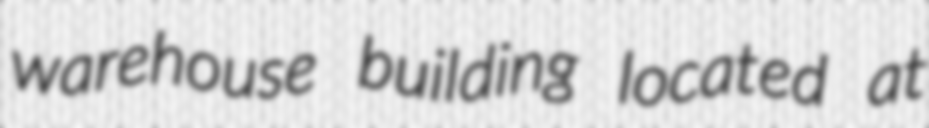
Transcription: warehouse building located at